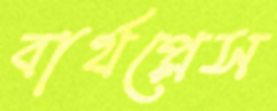
বার্থপ্লেস